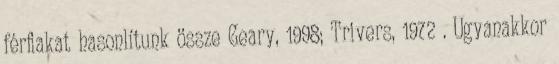
férﬁakat hasonlítunk össze Geary, 1998; Trivers, 1972 . Ugyanakkor